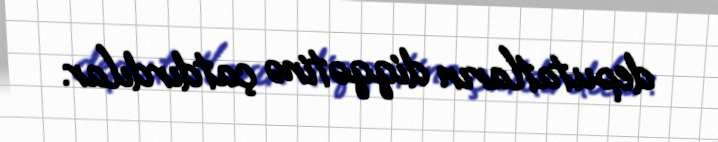
deputatların diqqətinə çatdırdılar.